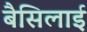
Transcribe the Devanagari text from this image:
बैसिलाई